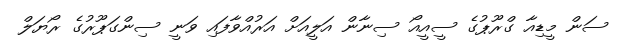
ސަން މީޑިއާ ގްރޫޕުގެ ސީއީއޯ ސިނާން އަލީއަށް އަރުއްވާފައި ވަނީ ސިންގަޕޫރުގެ ރޯޔަލް